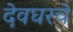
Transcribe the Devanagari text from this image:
देवघरचे